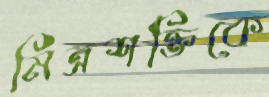
মিত্রশক্তিকে